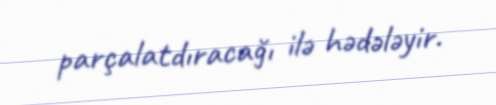
parçalatdıracağı ilə hədələyir.